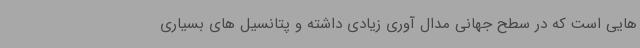
هایی است که در سطح جهانی مدال آوری زیادی داشته و پتانسیل های بسیاری